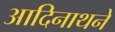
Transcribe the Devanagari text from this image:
आदिनाथने